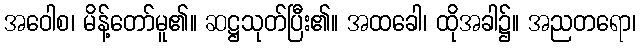
အဝေါစ၊ မိန့်တော်မူ၏။ ဆဋ္ဌသုတ်ပြီး၏။ အထခေါ၊ ထိုအခါ၌။ အညတရော၊